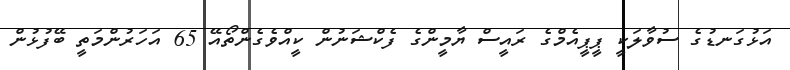
އަޅުގަނޑުގެ ސުވާލަކީ ޕީޕީއެމްގެ ރައީސް ޔާމީންގެ ފެކްޝަނުން ކީއްވެގެންތޯއޭ 65 އަހަރުންމަތީ ބޭފުޅުން